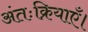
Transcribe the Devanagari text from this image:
अंतःक्रियाएँ।